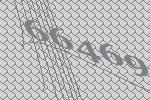
66469